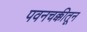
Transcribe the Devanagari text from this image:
पवनचक्कीतून